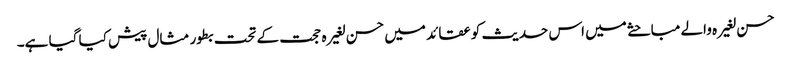
حسن لغیرہ والے مباحثے میں اس حدیث کو عقائد میں حسن لغیرہ حجت کے تحت بطور مثال پیش کیا گیا ہے۔